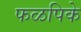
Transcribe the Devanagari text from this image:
फळपिके